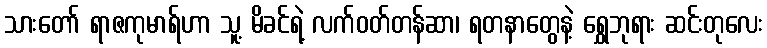
သားတော် ရာဇကုမာရ်ဟာ သူ့ မိခင်ရဲ့ လက်ဝတ်တန်ဆာ၊ ရတနာတွေနဲ့ ရွှေဘုရား ဆင်းတုလေး